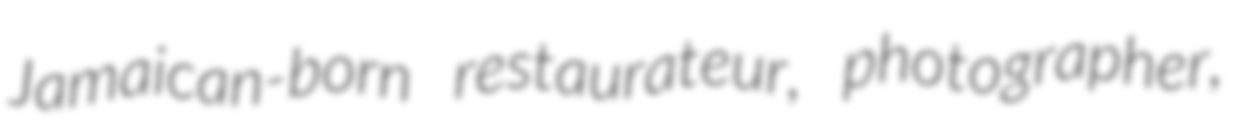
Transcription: Jamaican-born restaurateur, photographer,